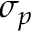
\sigma _ { p }